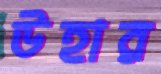
উহার